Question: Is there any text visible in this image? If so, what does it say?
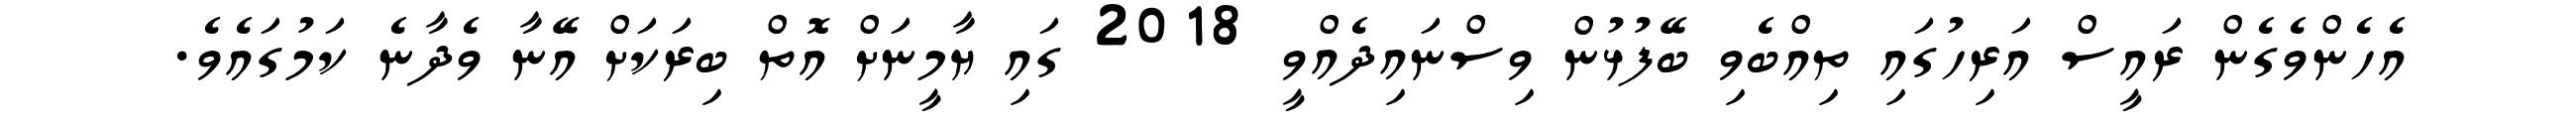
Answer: އެހެންވެގެން ރައީސް އަރިހުގައި ތިއްބެވި ބޭފުޅުން ވިސްނައިދެއްވީ 2018 ގައި ޔާމީނަށް އޮތް ބިރަކަށް އޭނާ ވެދާނެ ކަމުގައެވެ.